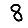
Digit: 8